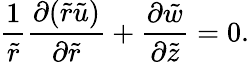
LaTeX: \frac{1}{\tilde{r}}\frac{\partial(\tilde{r}\tilde{u})}{\partial\tilde{r}}+\frac{\partial\tilde{w}}{\partial\tilde{z}}=0.